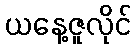
ယနေ့ဇူလိုင်